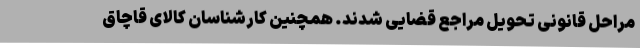
مراحل قانونی تحویل مراجع قضایی شدند. همچنین کارشناسان کالای قاچاق